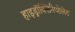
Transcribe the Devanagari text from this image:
हाइड्रॉक्सिनैप्शेलेट